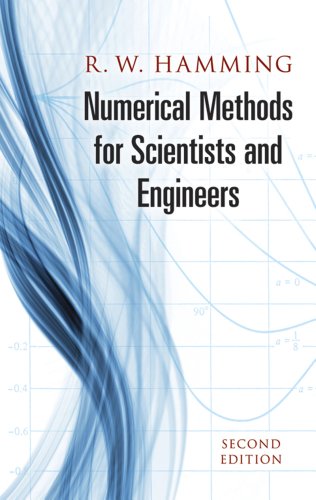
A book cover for Numerical Methods for Scientists and Engineers (Dover Books on Mathematics); R. W. Hamming; Science & Math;